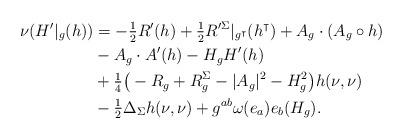
LaTeX: \begin{align*}\nu (H'|_g(h))& = - \tfrac{1}{2} R'(h) + \tfrac{1}{2} R'^\Sigma|_{g^\intercal} (h^\intercal) + A_g \cdot (A_g \circ h) \\&- A_g \cdot A'(h) -H_g H'(h) \\&+ \tfrac{1}{4}\big( - R_g +R^\Sigma_g - |A_g|^2 - H_{g}^2\big)h(\nu, \nu)\\&- \tfrac{1}{2}\Delta_\Sigma h(\nu, \nu) + g^{ab} \omega (e_a) e_b(H_g).\end{align*}